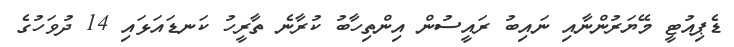
ޑެޕިއުޓީ މޭޔަރުންނާއި ނައިބު ރައީސުން އިންތިހާބު ކުރާނެ ތާރީހު ކަނޑައަޅައި 14 ދުވަހުގެ